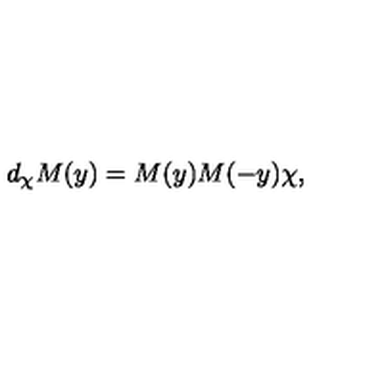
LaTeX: d _ { \chi } M ( y ) = M ( y ) M ( - y ) \chi ,